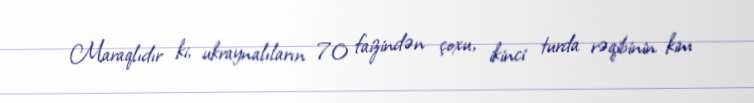
Maraqlıdır ki, ukraynalıların 70 faizindən çoxu, ikinci turda rəqibinin kim